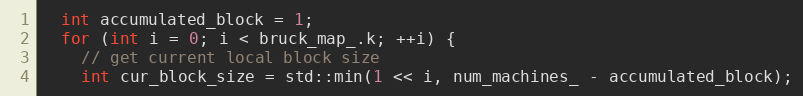
Language: C++
  int accumulated_block = 1;
  for (int i = 0; i < bruck_map_.k; ++i) {
    // get current local block size
    int cur_block_size = std::min(1 << i, num_machines_ - accumulated_block);